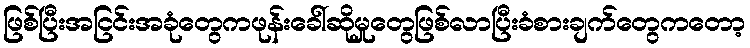
ဖြစ်ပြီးအငြင်းအခုံတွေကဖုန်းခေါ်ဆိုမှုတွေဖြစ်လာပြီးခံစားချက်တွေကတော့